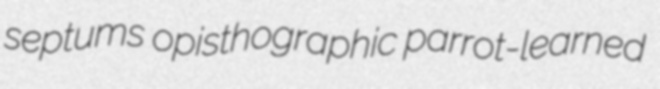
septums opisthographic parrot-learned